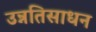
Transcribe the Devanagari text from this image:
उन्नतिसाधन